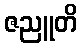
ဇညူတိ